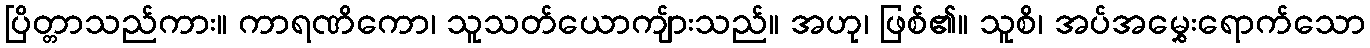
ပြိတ္တာသည်ကား။ ကာရဏိကော၊ သူသတ်ယောကျ်ားသည်။ အဟု၊ ဖြစ်၏။ သူစိ၊ အပ်အမွှေးရောက်သော